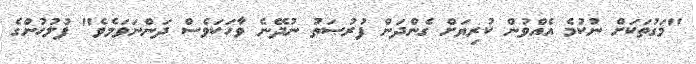
"މަގުތަކަށް ނުކުމެ އެއްވުން ކުރިޔަށް ގެންދަން ފުރުޞަތު ނުދޭނެ ވާހަކަވެސް ދަންނަވަމެވެ" ފުލުހުންގެ